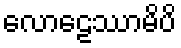
လောဠေဿာမိပိ